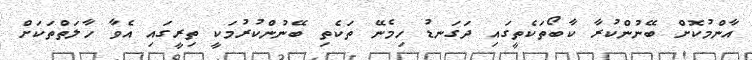
އާންމުކޮށް ބޭނުންކުރާ ކާބޯތަކެތީގައި ދަގަނޑު ހިމެނޭ ތަކެތި ބޭނުންކުރުމަކީ ތިރީގައި އެވާ ހާލަތްތަކަށް